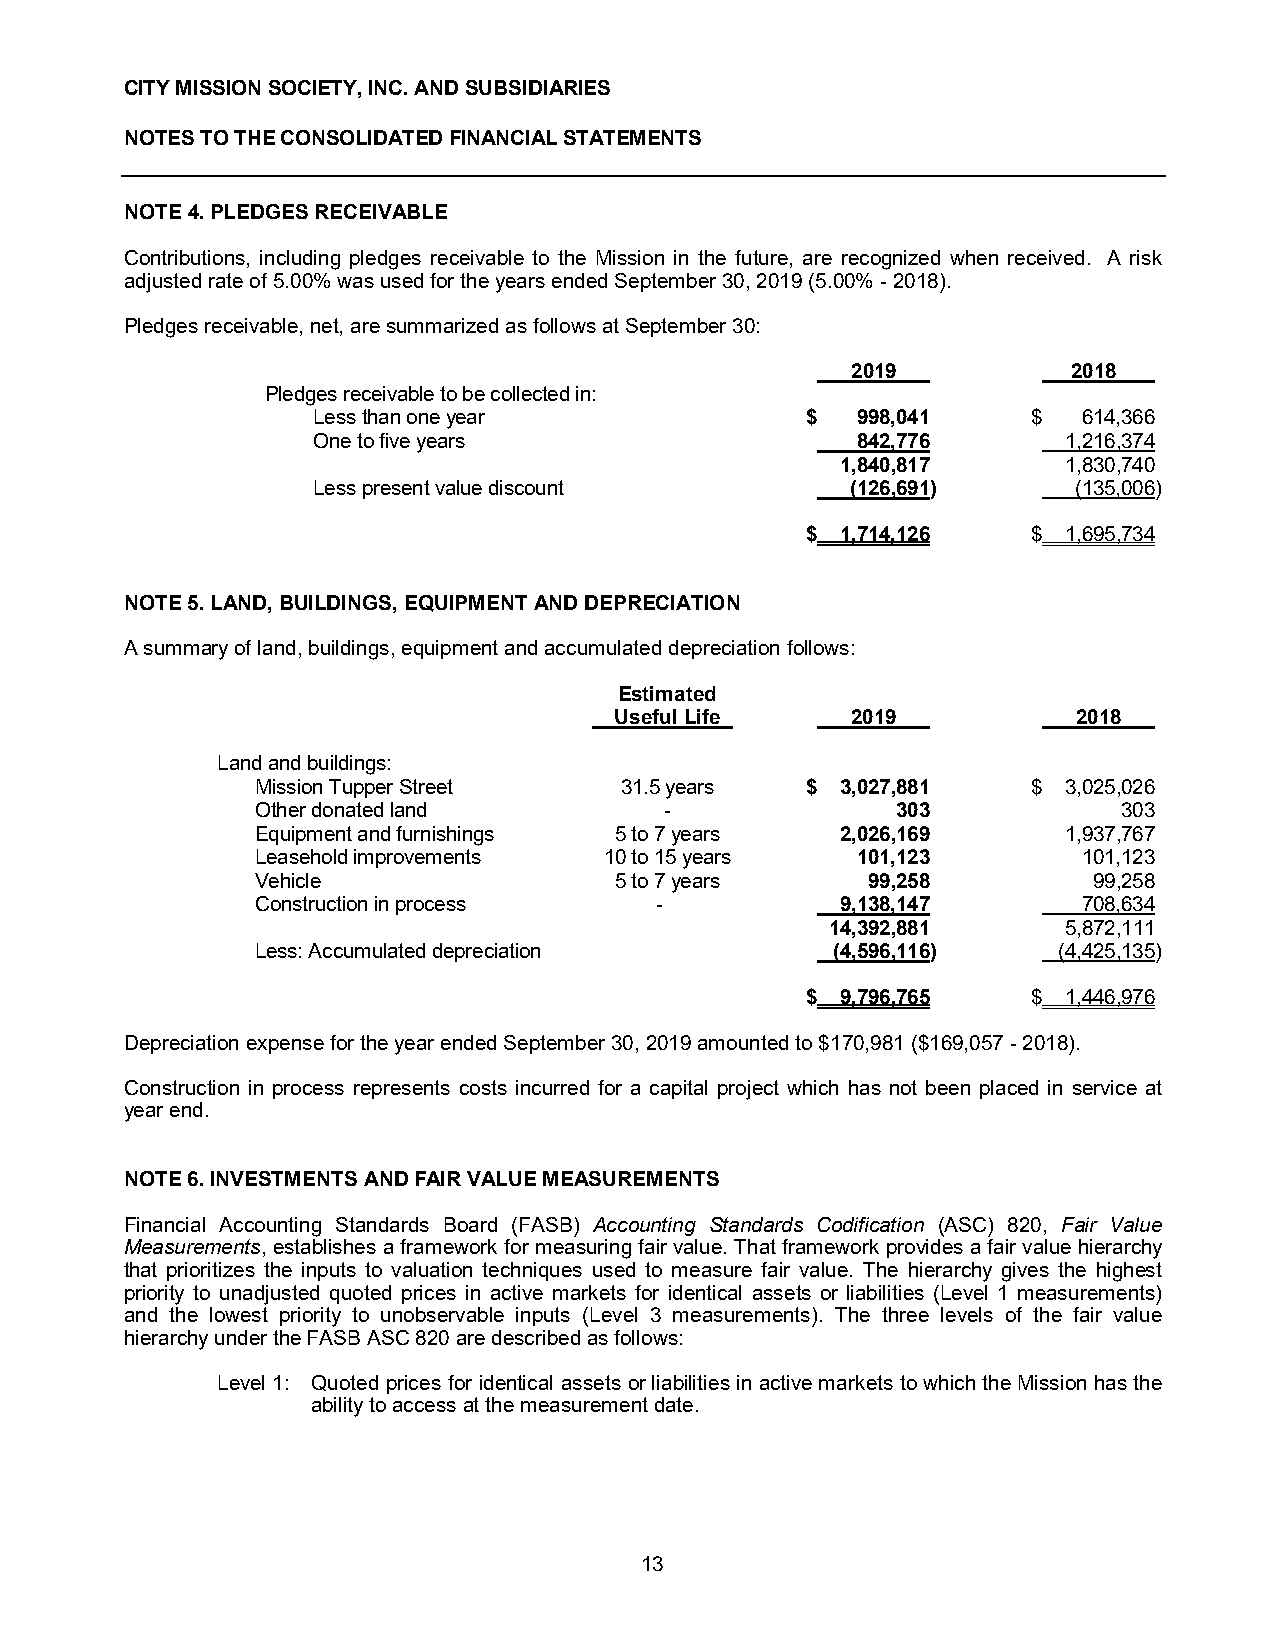
CITY MISSION SOCIETY, INC. AND SUBSIDIARIES
 NOTES TO THE CONSOLIDATED FINANCIAL STATEMENTS
 NOTE 4. PLEDGES RECEIVABLE
 Contributions, including pledges receivable to the Mission in the future, are recognized when received. A risk
 adjusted rate of 5.00% was used for the years ended September 30, 2019 (5.00% - 2018).
 Pledges receivable, net, are summarized as follows at September 30:
 2019           2018
 Pledges receivable to be collected in:
 Less than one year              $   998,041    $   614,366
 One to five years                   842,776       1,216,374
 1,840,817      1,830,740
 Less present value discount        (126,691)      (135,006)
 $  1,714,126   $  1,695,734
 NOTE 5. LAND, BUILDINGS, EQUIPMENT AND DEPRECIATION
 A summary of land, buildings, equipment and accumulated depreciation follows:
 Estimated
 Useful Life    2019           2018
 Land and buildings:
 Mission Tupper Street   31.5 years  $  3,027,881   $  3,025,026
 Other donated land         -              303            303
 Equipment and furnishings 5 to 7 years 2,026,169      1,937,767
 Leasehold improvements 10 to 15 years   101,123        101,123
 Vehicle                 5 to 7 years    99,258         99,258
 Construction in process   -            9,138,147       708,634
 14,392,881      5,872,111
 Less: Accumulated depreciation        (4,596,116)    (4,425,135)
 $  9,796,765   $  1,446,976
 Depreciation expense for the year ended September 30, 2019 amounted to $170,981 ($169,057 - 2018).
 Construction in process represents costs incurred for a capital project which has not been placed in service at
 year end.
 NOTE 6. INVESTMENTS AND FAIR VALUE MEASUREMENTS
 Financial Accounting Standards Board (FASB) Accounting Standards Codification (ASC) 820, Fair Value
 Measurements, establishes a framework for measuring fair value. That framework provides a fair value hierarchy
 that prioritizes the inputs to valuation techniques used to measure fair value. The hierarchy gives the highest
 priority to unadjusted quoted prices in active markets for identical assets or liabilities (Level 1 measurements)
 and the lowest priority to unobservable inputs (Level 3 measurements). The three levels of the fair value
 hierarchy under the FASB ASC 820 are described as follows:
 Level 1: Quoted prices for identical assets or liabilities in active markets to which the Mission has the
 ability to access at the measurement date.
 13